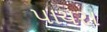
પાયરા